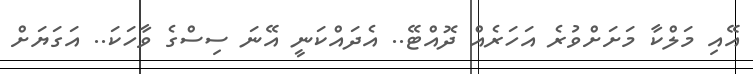
އޭއި މަލްކާ މަށަށްވުރެ އަހަރެއް ދޮއްޓޭ.. އެދައްކަނީ އޭނަ ސިސްގެ ވާހަކަ.. އަގަޔަށް